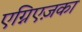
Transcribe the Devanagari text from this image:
एग्निएज़का